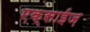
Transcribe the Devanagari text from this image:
एक्साईज़